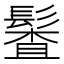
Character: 𩮎